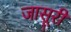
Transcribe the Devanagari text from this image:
जासूरी